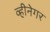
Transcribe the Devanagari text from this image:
व्हीनेगर